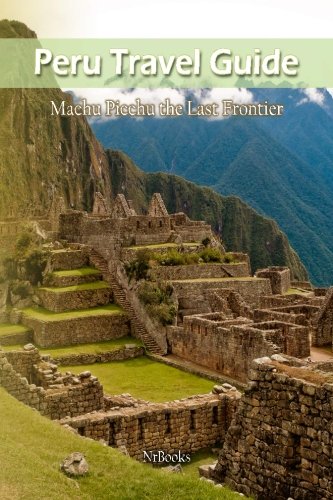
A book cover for Peru Travel Guide; NrBooks; Travel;